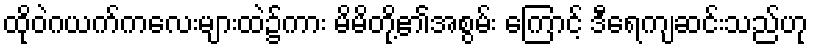
ထိုဝဲဂယက်ကလေးများထဲ၌ကား မိမိတို့၏အစွမ်း ကြောင့် ဒီရေကျဆင်းသည်ဟု